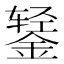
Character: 𰼻